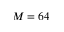
M = 6 4